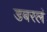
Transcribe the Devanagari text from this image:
डबरलं